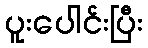
ပူးပေါင်းပြီး